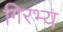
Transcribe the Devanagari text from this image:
गिरभ्य